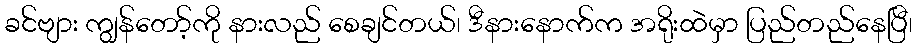
ခင်ဗျား ကျွန်တော့်ကို နားလည် စေချင်တယ်၊ ဒီနားနောက်က အရိုးထဲမှာ ပြည်တည်နေပြီ၊